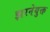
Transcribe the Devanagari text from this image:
झरनेयुक्त